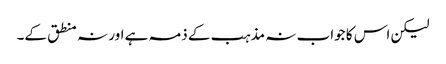
لیکن اس کا جواب نہ مذہب کے ذمہ ہے اور نہ منطق کے۔